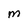
Character: M